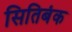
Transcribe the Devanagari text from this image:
सितिबंक